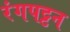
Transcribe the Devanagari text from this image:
रंगपट्टन